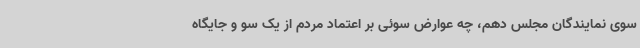
سوی نمایندگان مجلس دهم، چه عوارض سوئی بر اعتماد مردم از یک سو و جایگاه